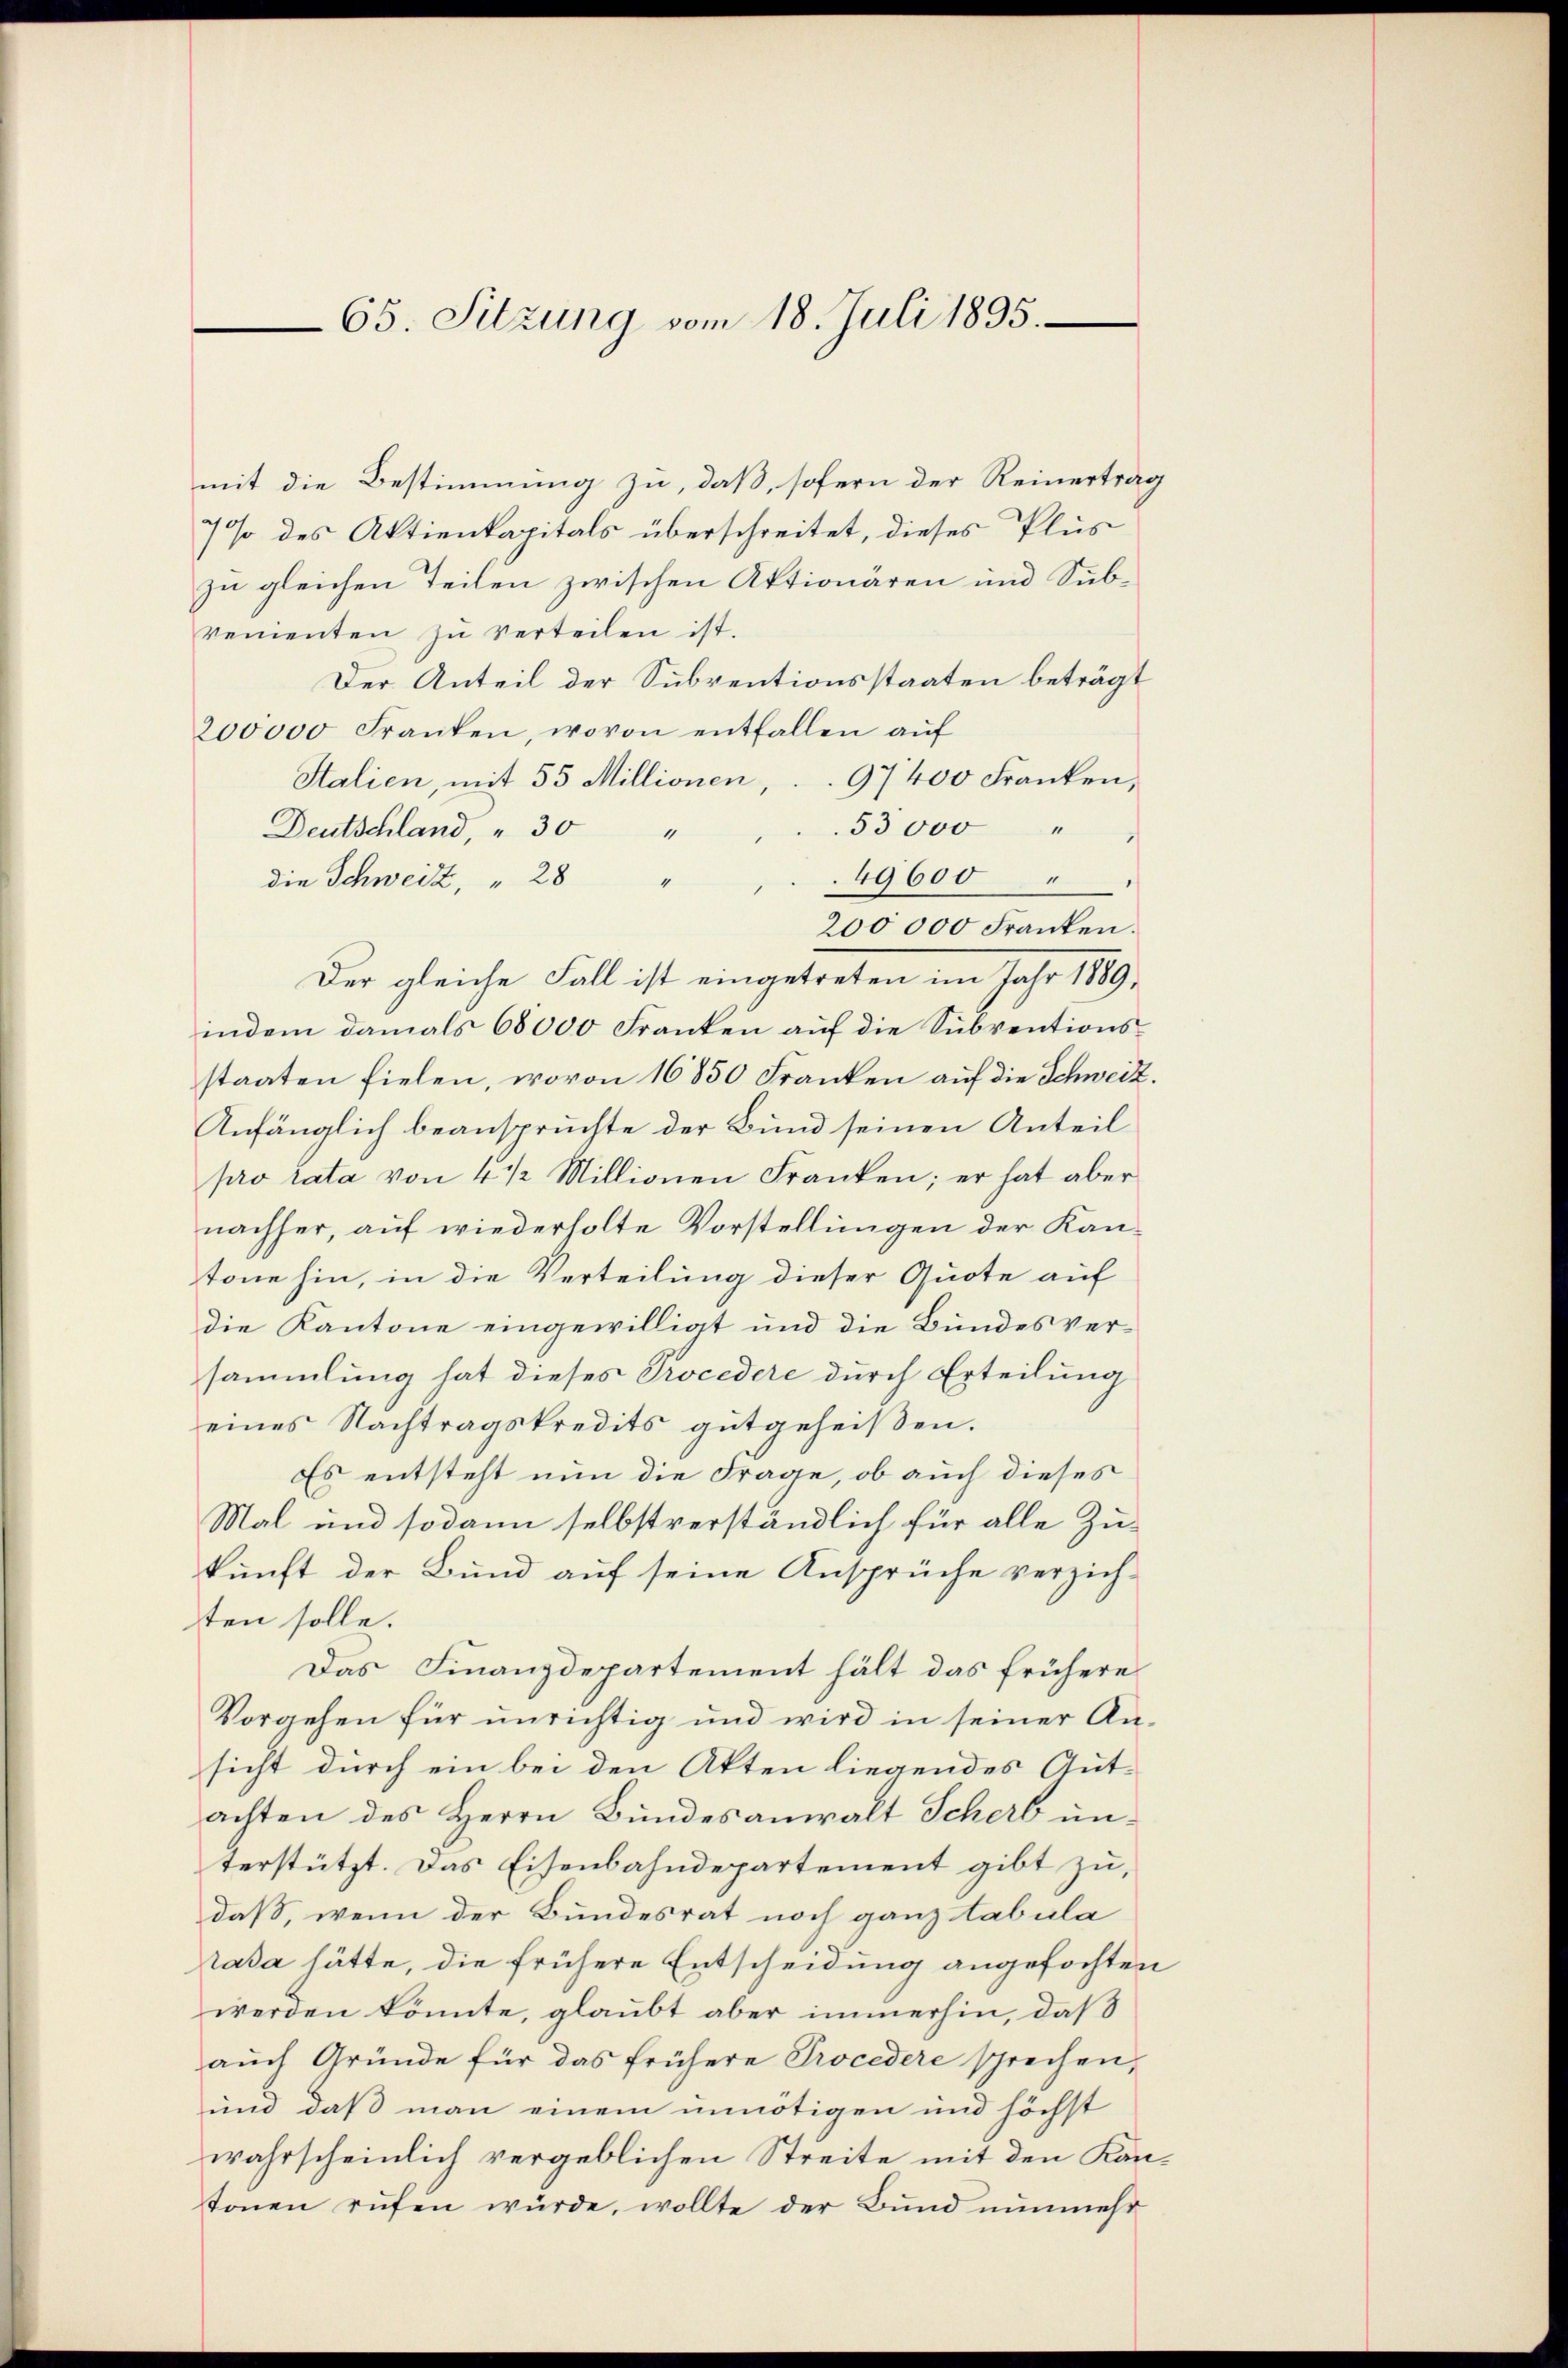
mit die Bestimmung zu, daß, sofern der Reinertrag
7% des Aktienkapitals überschreitet, dieses Plus
zu gleichen Teilen zwischen Aktionären und Subvenienten zŭ verteilen ist.
Der Anteil der Subventionsstaaten beträgt
200000 Franken, wovon entfallen aŭf
Stalien, mit 55 Millionen, .. 97400 Franken,
53000 "
Deutschland, " 30 "
49600
die Schweiz, " 28 "
200000 Franken.
Der gleiche Fall ist eingetreten im Jahr 1889.
indem damals 68000 Franken aŭf die Subventions-
staaten fielen, wovon 16850 Franken auf die Schweiz.
Anfänglich beanspruchte der Bund seinen Anteil
pro rata von 4 1/2 Millionen Franken; er hat aber
nachher, auf wiederholte Vorstellungen der Kantone hin, in die Verteilung dieser Quote auf
die Kantone eingewilligt und die Bundesversammlung hat dieses Procedere durch Erteilung
eines Nachtragskredits gutgeheißen.
Es entsteht nun die Frage, ob auch dieses
Mal und sodann selbstverständlich für alle Zukunft der Bund auf seine Ansprüche verzichten solle.
Das Finanzdepartement hält das frühere
Vorgehen für unrichtig und wird in seiner Ansicht durch ein bei den Akten liegendes Gut-
achten des Herrn Bundesanwalt Scherb unterstützt. Das Eisenbahndepartement gibt zu,
daß, wenn der Bundesrat noch ganz tabula
rasa hätte, die frühere Entscheidung angefochten
werden könnte, glaubt aber immerhin, daß
auch Gründe für das frühere Procedere sprechen,
und daß man einem unnötigen und höchst
wahrscheinlich vergeblichen Streite mit den Kantonen rufen würde, wollte der Bund nunmehr

65. Sitzung vom 18. Juli 1895.